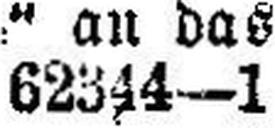
62344—1